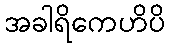
အခါရိကေဟိပိ